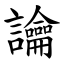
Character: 讑